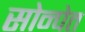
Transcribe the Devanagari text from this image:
सोन्पेत